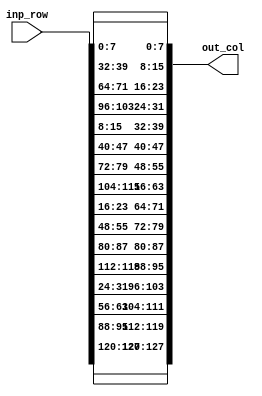
module Coloumn_Wise (input [127:0] inp_row , output reg [127:0] out_col );

always @(*) begin 
     out_col [127:120] = inp_row [127:120] ;
     out_col [119:112] = inp_row [95 : 88] ;
     out_col [111:104] = inp_row [63 : 56] ;
     out_col [103:96 ] = inp_row [31 : 24] ;
     out_col [95 : 88] = inp_row [119:112] ;
     out_col [87 :80 ] = inp_row [87 :80 ] ;
     out_col [79 :72 ] = inp_row [55 :48 ] ;
     out_col [71 :64 ] = inp_row [23 : 16] ;
     out_col [63 :56 ] = inp_row [111:104] ;
     out_col [55 :48 ] = inp_row [79 :72 ] ;
     out_col [47 :40 ] = inp_row [47 :40 ] ;
     out_col [39 : 32] = inp_row [15 :8  ] ;
     out_col [31 : 24] = inp_row [103: 96] ;
     out_col [23 :16 ] = inp_row [71 :64 ] ;
     out_col [15 :8  ] = inp_row [39 :32 ] ;
     out_col [7  :0  ] = inp_row [7  :0  ] ;
end
endmodule